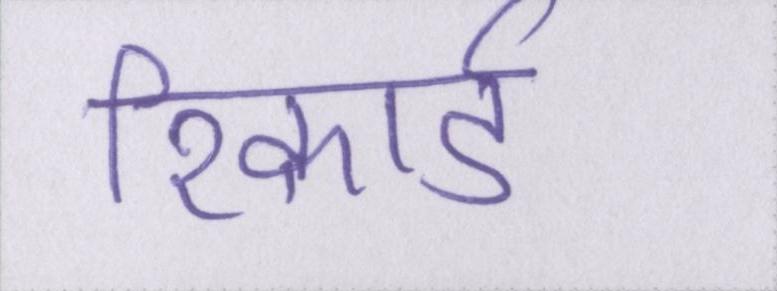
रिकार्ड